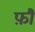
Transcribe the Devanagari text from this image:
फ़ौं